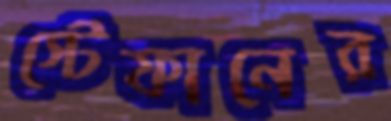
স্টেফানের